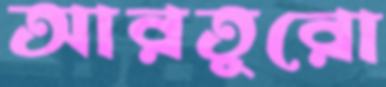
আরতুরো